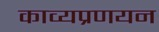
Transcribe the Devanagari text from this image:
काव्यप्रणयन